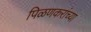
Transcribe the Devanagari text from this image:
पिळणकरांच्या